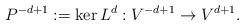
LaTeX: \begin{align*}P^{-d+1} := \ker L^{d} : V^{-d+1} \to V^{d+1}.\end{align*}